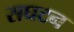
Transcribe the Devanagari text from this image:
सघटन